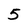
Character: 5